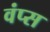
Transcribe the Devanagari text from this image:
वंप्स